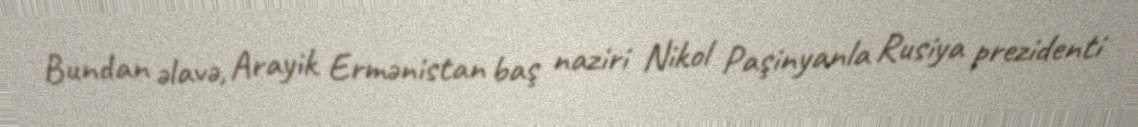
Bundan əlavə, Arayik Ermənistan baş naziri Nikol Paşinyanla Rusiya prezidenti